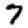
Digit: 7